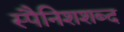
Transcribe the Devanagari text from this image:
स्पैनिशशब्द